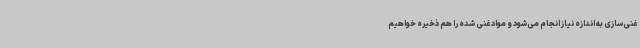
غنی‌سازی به اندازه نیاز انجام می‌شود و مواد غنی شده را هم ذخیره خواهیم